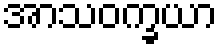
အာသဝက္ခယာ